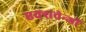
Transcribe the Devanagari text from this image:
एक्सचेन्जों